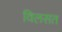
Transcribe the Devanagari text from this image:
विलसत